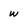
Character: w